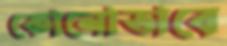
কোনোভাবে